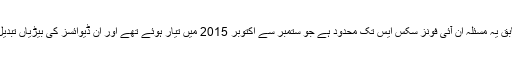
کمپنی کے مطابق یہ مسئلہ ان آئی فونز سکس ایس تک محدود ہے جو ستمبر سے اکتوبر 2015 میں تیار ہوئے تھے اور ان ڈیوائسز کی بیڑیاں تبدیل کی جائیں گی۔